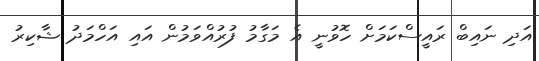
އަދި ނައިބް ރައީސްކަމަށް ހޮވުނީ އެ މަގާމު ފުރުއްވަމުން އައި އަހްމަދު ޝާކިރު